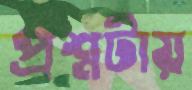
প্রশ্নটায়